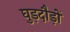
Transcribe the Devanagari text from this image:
घुड़दौड़ों